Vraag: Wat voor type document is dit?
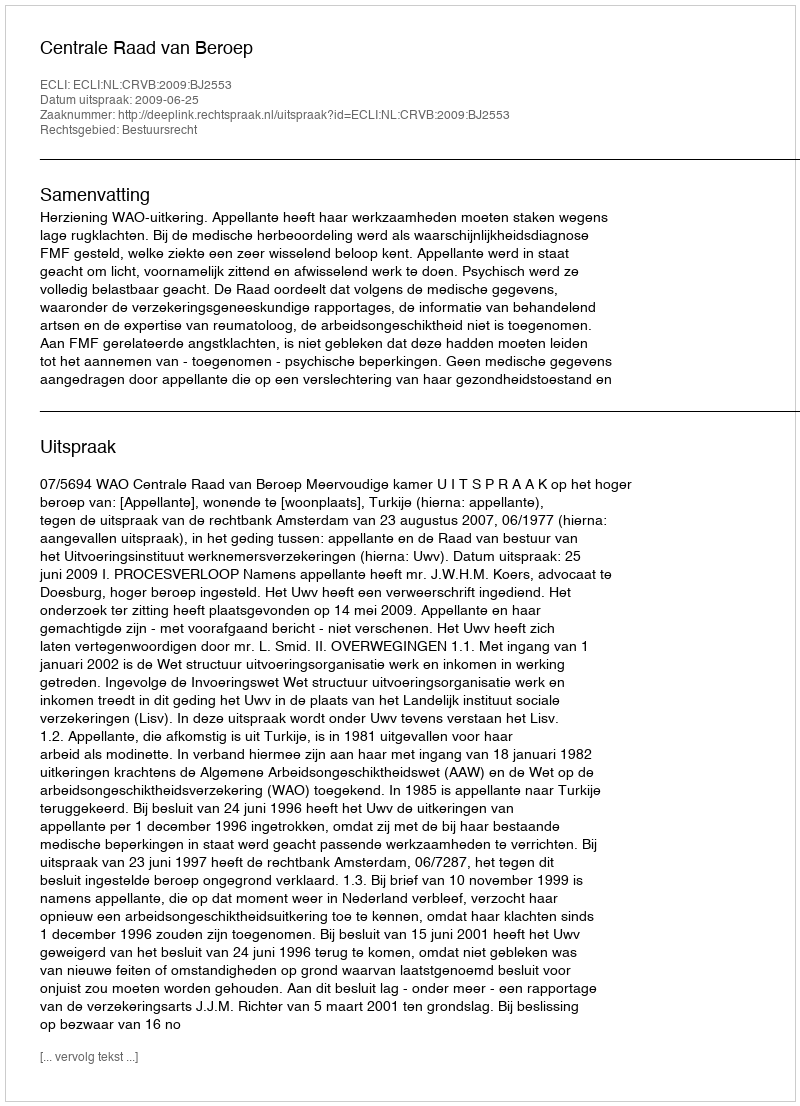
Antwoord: Uitspraak